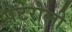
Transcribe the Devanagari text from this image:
पेटरोली